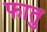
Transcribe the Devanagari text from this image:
फातु